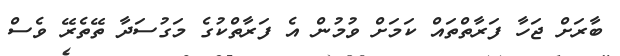
ބާރަށް ޖަހާ ފަރާތްތައް ކަމަށް ވުމުން އެ ފަރާތްކުގެ މަގުސަދާ ތޭތެރޭ ވެސް